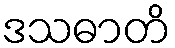
ဒသဓာတိ